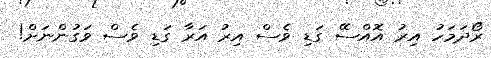
ރޯދަމަހު އިރު އޮއްސޭ ގަޑި ވެސް އިރު އަރާ ގަޑި ވެސް ވަގުންނަށް!